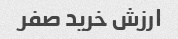
ارزش خرید صفر